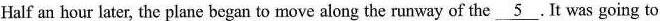
Half an hour later, the plane began to move along the runway of the \underline{5}. It was going to